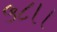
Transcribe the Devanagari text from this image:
५८।।